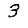
Digit: 3